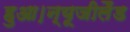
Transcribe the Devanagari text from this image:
हुआ।न्यूजीलैंड